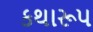
કથારૂપ